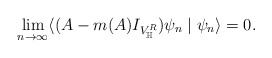
\begin{align*}\lim_{n\rightarrow\infty}\langle(A-m(A)I_{V_\mathbb{H}^R})\psi_{n}\mid\psi_{n}\rangle=0.\end{align*}